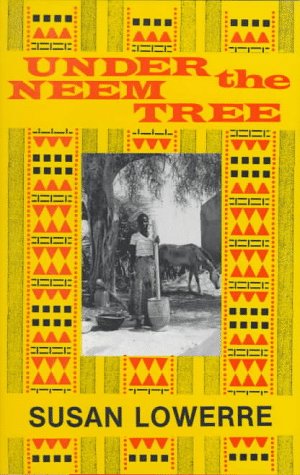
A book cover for Under the Neem Tree; Susan Lowerre; Travel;